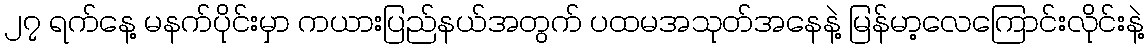
၂၇ ရက်နေ့ မနက်ပိုင်းမှာ ကယားပြည်နယ်အတွက် ပထမအသုတ်အနေနဲ့ မြန်မာ့လေကြောင်းလိုင်းနဲ့